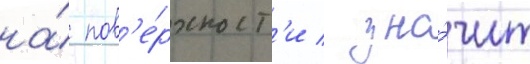
на́ пов'е́рхност'и / зна́чит